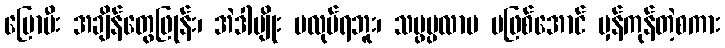
ပြောပီး အချိန်တွေဖြုန်း၊ အဲဒါမျိုး မလုပ်ရဘူး၊ သမ္ဖပ္ပလာပ မဖြစ်အောင် မှန်ကုန်တဲ့စကား